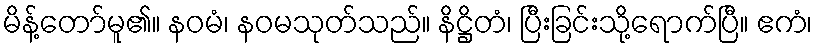
မိန့်တော်မူ၏။ နဝမံ၊ နဝမသုတ်သည်။ နိဋ္ဌိတံ၊ ပြီးခြင်းသို့ရောက်ပြီ။ ဧကံ၊